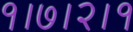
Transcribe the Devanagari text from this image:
१।७।२।१